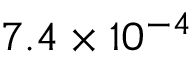
7 . 4 \times 1 0 ^ { - 4 }